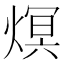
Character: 熐